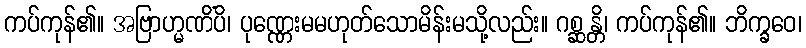
ကပ်ကုန်၏။ အဗြာဟ္မဏိံပိ၊ ပုဏ္ဏေးမမဟုတ်သောမိန်းမသို့လည်း။ ဂစ္ဆန္တိ၊ ကပ်ကုန်၏။ ဘိက္ခဝေ၊